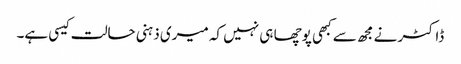
ڈاکٹر نے مجھ سے کبھی پوچھا ہی نہیں کہ میری ذہنی حالت کیسی ہے۔